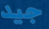
جيد